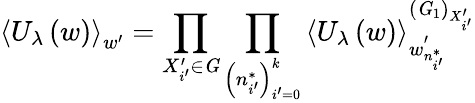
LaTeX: \left\langle U_{\lambda}\left(w\right)\right\rangle_{w^{\prime}}=\prod_{X_{i^{\prime}}^{\prime}\in{\mathit G}}\prod_{\left(n_{i^{\prime}}^{*}\right)_{i^{\prime}=0}^{k}}\left\langle U_{\lambda}\left(w\right)\right\rangle_{w_{n_{i^{\prime}}^{*}}^{\prime}}^{\left({\mathit G}_{1}\right)_{X_{i^{\prime}}^{\prime}}}